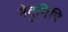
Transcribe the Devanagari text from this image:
मेदुगिरि